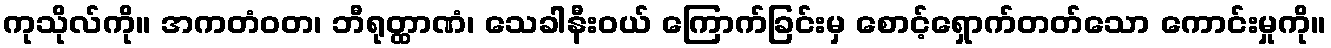
ကုသိုလ်ကို။ အကတံဝတ၊ ဘီရုတ္ထာဏံ၊ သေခါနီးဝယ် ကြောက်ခြင်းမှ စောင့်ရှောက်တတ်သော ကောင်းမှုကို။